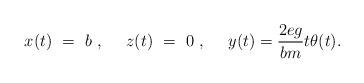
LaTeX: \begin{align*}x(t)~=~b~,~~~~z(t)~=~0~,~~~~y(t)={2eg \over bm}t \theta(t).\end{align*}